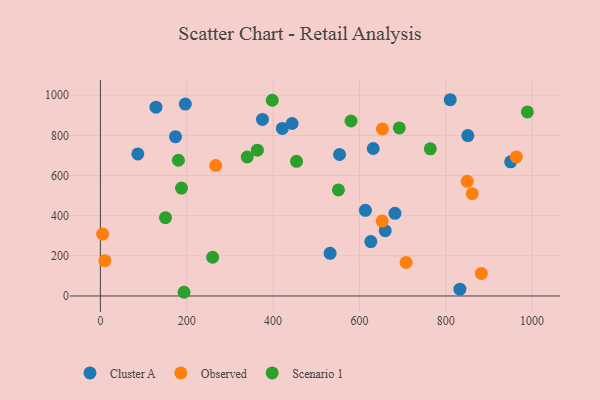
{"axis": {"x": "Ad Spend", "y": "Sales"}, "legend": ["Cluster A", "Observed", "Scenario 1"], "data": [{"x": "613.8", "y": 426.6, "type": "Cluster A"}, {"x": "421.5", "y": 834.5, "type": "Cluster A"}, {"x": "553.9", "y": 704.7, "type": "Cluster A"}, {"x": "851.1", "y": 799.3, "type": "Cluster A"}, {"x": "444.1", "y": 859.3, "type": "Cluster A"}, {"x": "682.3", "y": 411.5, "type": "Cluster A"}, {"x": "659.8", "y": 325.5, "type": "Cluster A"}, {"x": "832.7", "y": 33.9, "type": "Cluster A"}, {"x": "631.9", "y": 734.7, "type": "Cluster A"}, {"x": "950.3", "y": 668.2, "type": "Cluster A"}, {"x": "375.4", "y": 879.6, "type": "Cluster A"}, {"x": "810.3", "y": 977.7, "type": "Cluster A"}, {"x": "128.7", "y": 940.5, "type": "Cluster A"}, {"x": "196.7", "y": 956.0, "type": "Cluster A"}, {"x": "86.7", "y": 707.5, "type": "Cluster A"}, {"x": "532.1", "y": 212.5, "type": "Cluster A"}, {"x": "626.4", "y": 271.2, "type": "Cluster A"}, {"x": "174.0", "y": 793.5, "type": "Cluster A"}, {"x": "267.2", "y": 650.0, "type": "Observed"}, {"x": "849.6", "y": 571.3, "type": "Observed"}, {"x": "963.4", "y": 692.9, "type": "Observed"}, {"x": "10.4", "y": 175.9, "type": "Observed"}, {"x": "882.3", "y": 112.2, "type": "Observed"}, {"x": "708.2", "y": 167.3, "type": "Observed"}, {"x": "5.2", "y": 308.5, "type": "Observed"}, {"x": "653.2", "y": 832.4, "type": "Observed"}, {"x": "652.7", "y": 373.2, "type": "Observed"}, {"x": "861.2", "y": 509.7, "type": "Observed"}, {"x": "989.0", "y": 916.9, "type": "Scenario 1"}, {"x": "454.3", "y": 670.8, "type": "Scenario 1"}, {"x": "187.9", "y": 537.7, "type": "Scenario 1"}, {"x": "398.1", "y": 975.0, "type": "Scenario 1"}, {"x": "180.7", "y": 676.2, "type": "Scenario 1"}, {"x": "193.8", "y": 18.4, "type": "Scenario 1"}, {"x": "764.2", "y": 733.1, "type": "Scenario 1"}, {"x": "580.5", "y": 871.8, "type": "Scenario 1"}, {"x": "150.8", "y": 389.9, "type": "Scenario 1"}, {"x": "692.4", "y": 837.1, "type": "Scenario 1"}, {"x": "551.4", "y": 528.1, "type": "Scenario 1"}, {"x": "340.1", "y": 692.4, "type": "Scenario 1"}, {"x": "260.0", "y": 192.9, "type": "Scenario 1"}, {"x": "363.6", "y": 726.2, "type": "Scenario 1"}]}